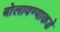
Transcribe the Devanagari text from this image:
बोलावण्याकडे